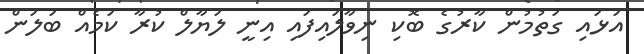
އަޅައި ގަތުމުން ކާރުގެ ބޮކި ނިވާލައިފައި އިނީ ލަޔާލް ކުރާ ކަމެއް ބަލަން